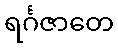
ရင်္ဂဇာတေ